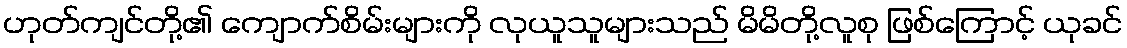
ဟုတ်ကျင်တို့၏ ကျောက်စိမ်းများကို လုယူသူများသည် မိမိတို့လူစု ဖြစ်ကြောင့် ယုခင်